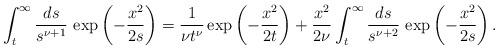
LaTeX: \begin{align*} \int _{t}^{\infty }\frac{ds}{s^{\nu +1}}\,\exp \left( -\frac{x^2}{2s} \right) =\frac{1}{\nu t^{\nu }}\exp \left( -\frac{x^2}{2t} \right) +\frac{x^{2}}{2\nu }\int _{t}^{\infty }\frac{ds}{s^{\nu +2}}\, \exp \left( -\frac{x^2}{2s} \right) . \end{align*}